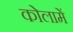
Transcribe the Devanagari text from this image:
कोलामें